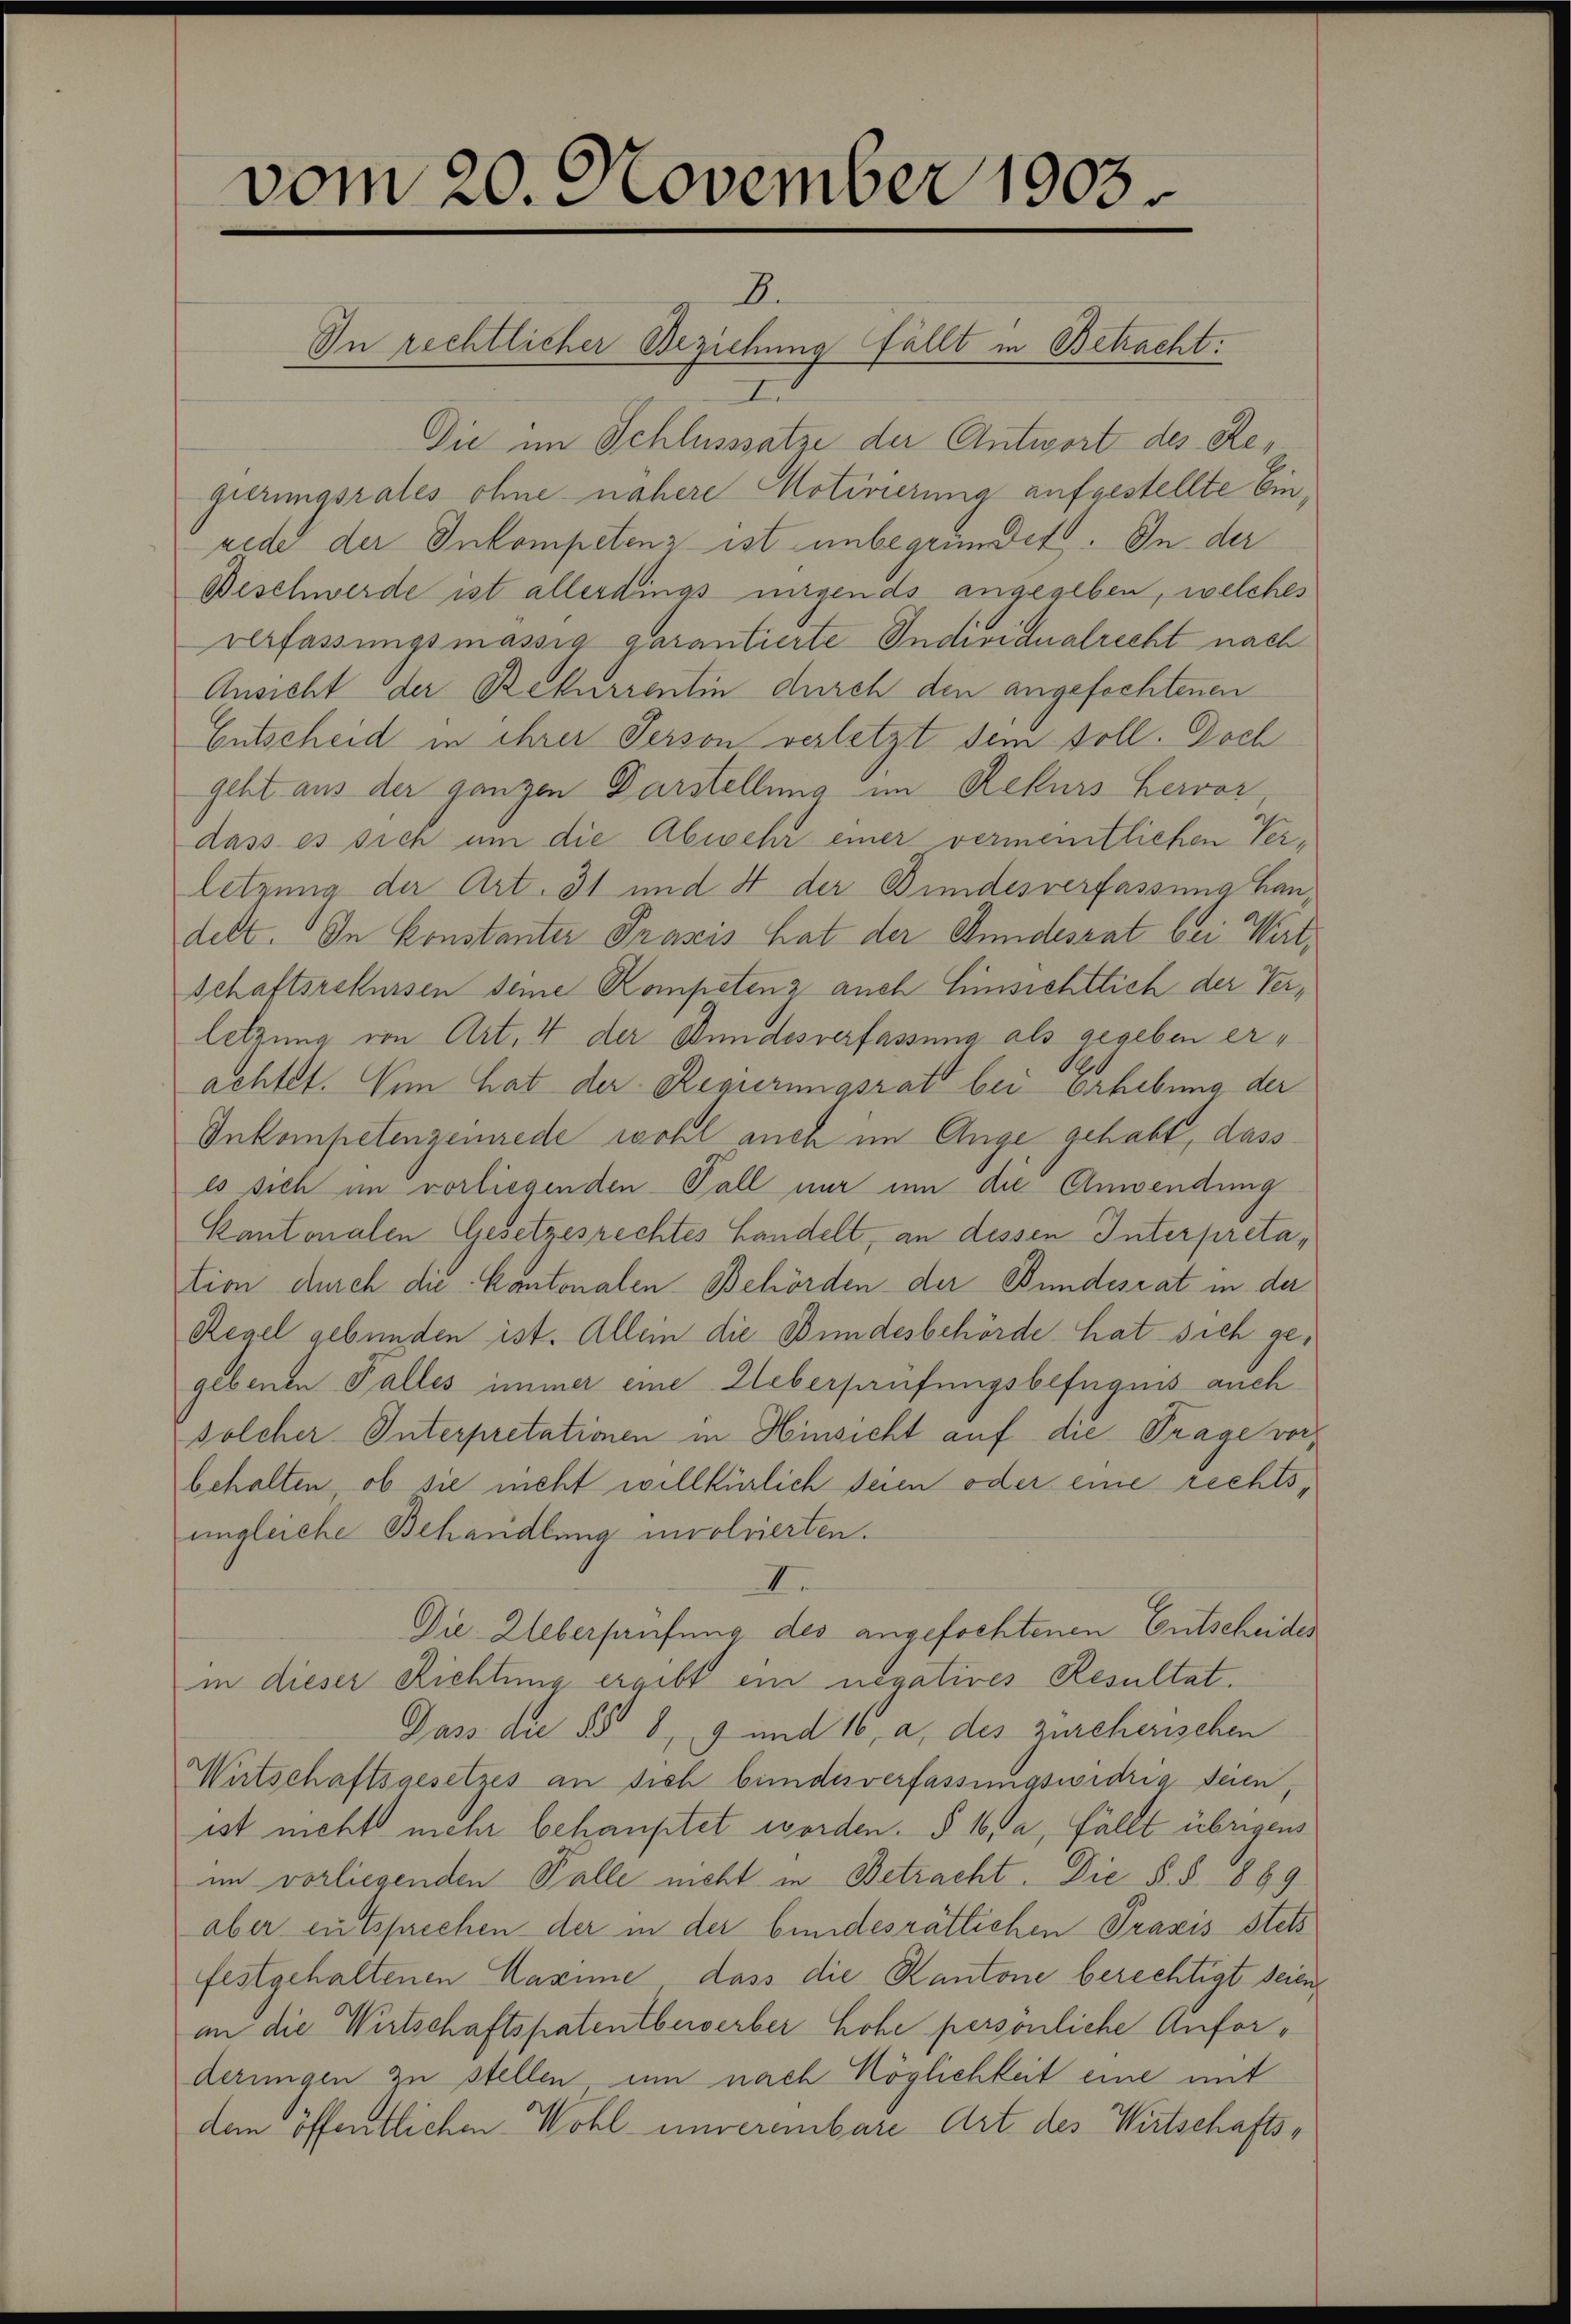
vom 20. November 1903

B.
In rechtlicher Beziehung fällt in Betracht.
I
Die im Schlusssatze der Antwort des Regierungsrates ohne nähere Motivierung aufgestellte Einrede der Inkompetenz ist unbegründet. In der
Beschwerde ist allerdings ungends angegeben, welches
verfassungsmässig garantierte Individualrecht nach
Ansicht der Rekurrentin durch den angefochtenen
Entscheid in ihrer Person verletzt dem soll. Doch
geht aus der ganzen Darstellung im Rekurs hervor
dass es sich um die Abwehr einer vermeintlichen Verletzung der Art. 31 und 4 der Bundesverfassung handelt. In Konstanter Prasers hat der Bundesrat bei Wertschaftsrekursen seine Kompetenz auch Einsichtlich der Verletzung von Art. 4 der Bundesverfassung als gegeben erachtet. Nun hat der Regierungsrat bei erhebung der
Inkompetenzeinrede wohl auch im Auge gehabt, dass
es sich im vorliegenden Fall nur um die Anwendung
Kantonalen Gesetzesrechtes Handelt, an dessen Interpretation durch die Kantonalen Behörden der Bundesrat in der
Regel gebunden ist. Allein die Bundesbehörde hat sich gegebenen Falles immer eine Ueberprüfungsbefugnis auch
solcher Interpretationen in Hinsicht auf die Trage vorbehalten, ob sie nicht willkürlich seien oder eine rechtsungleiche Behandlung insolvierten.
I.
Die Ueberprüfung des angefochtenen Entscheides
in dieser Richtung ergibt ein negatives Resultat.
Dass die §§ 8, 9 und 16, a, des zürcherischen
Wirtschaftsgesetzes an sich bundesverfassungswidrig seien
ist nicht mehr behauptet worden. § 16, a, fällt übrigens
im vorliegenden Falle nicht in Betracht. Die §. §. 889.
aber entsprechen der in der bundesrätlichen Praxis stets
festgehaltenen Kasime dass die Kantone berechtigt seien
an die Wirtschaftspatentbewerber hohe persönliche Anforderungen zu stellen um nach Möglichkeit eine mit
dem öffentlichen Wohl unvereinbare Art des Wirtschafts¬